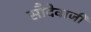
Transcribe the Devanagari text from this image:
सौदेवाजी